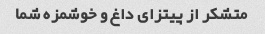
متشکر از پیتزای داغ و خوشمزه شما